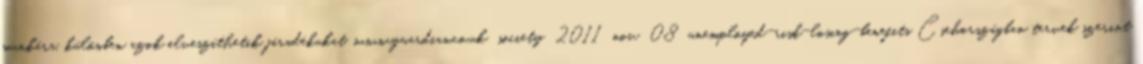
munkára, különben azok elveszíthetik járadékukat. www.guardian.co.uk society 2011 nov 08 unemployed-risk-losing-benefits Csehországban tervek szerint